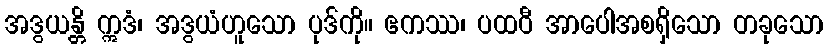
အဒွယန္တိ ဣဒံ၊ အဒွယံဟူသော ပုဒ်ကို။ ဧကဿ၊ ပထဝီ အာပေါအစရှိသော တခုသော